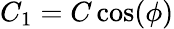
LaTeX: C_{1}=C\cos(\phi)